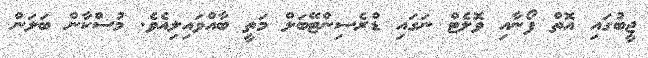
ޖީބުގައި އޮތް ފޯނާއި ވޮލެޓް ނަގައި ޑްރެސިންޓޭބަލް މަތީ ބާއްވައިލިއެވެ. މުސްކާން ބަލަން